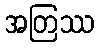
အတြဿ